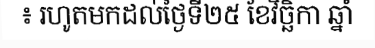
៖ រហូតមកដល់ថ្ងៃទី២៥ ខែវិច្ឆិកា ឆ្នាំ